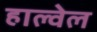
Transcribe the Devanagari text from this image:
हाल्वेल